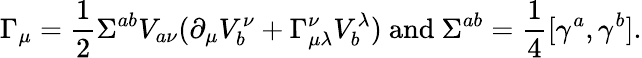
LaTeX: \Gamma_{\mu}={\frac{1}{2}}\Sigma^{ab}V_{a\nu}(\partial_{\mu}V_{b}^{\nu}+\Gamma_{\mu\lambda}^{\nu}V_{b}^{\lambda})~\mathrm{and}~\Sigma^{ab}={\frac{1}{4}}[\gamma^{a},\gamma^{b}].